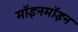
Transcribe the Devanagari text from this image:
मॉइनमॉइन